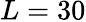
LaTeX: L=30